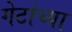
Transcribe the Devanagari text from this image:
गेटांच्या